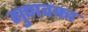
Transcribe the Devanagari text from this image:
गुणवक्ता